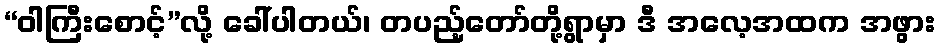
“ဝါကြီးစောင့်”လို့ ခေါ်ပါတယ်၊ တပည့်တော်တို့ရွာမှာ ဒီ အလေ့အထက အဖွား